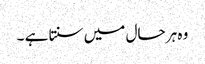
وہ ہر حال میں سنتا ہے ۔